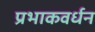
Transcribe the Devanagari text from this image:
प्रभाकवर्धन